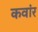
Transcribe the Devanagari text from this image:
कवांर